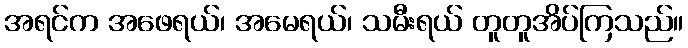
အရင်က အဖေရယ်၊ အမေရယ်၊ သမီးရယ် တူတူအိပ်ကြသည်။